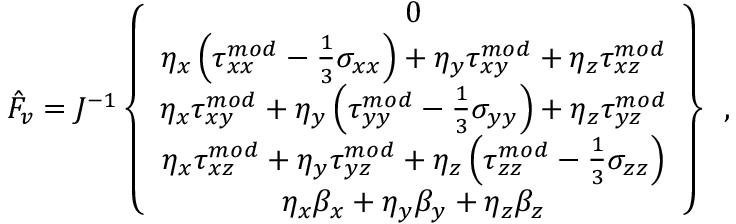
\hat { F } _ { v } = J ^ { - 1 } \left\{ \begin{array} { c } { 0 } \\ { \eta _ { x } \left( { \tau } _ { x x } ^ { m o d } - \frac { 1 } { 3 } \sigma _ { x x } \right) + \eta _ { y } { \tau } _ { x y } ^ { m o d } + \eta _ { z } { \tau } _ { x z } ^ { m o d } } \\ { \eta _ { x } { \tau } _ { x y } ^ { m o d } + \eta _ { y } \left( { \tau } _ { y y } ^ { m o d } - \frac { 1 } { 3 } \sigma _ { y y } \right) + \eta _ { z } { \tau } _ { y z } ^ { m o d } } \\ { \eta _ { x } { \tau } _ { x z } ^ { m o d } + \eta _ { y } { \tau } _ { y z } ^ { m o d } + \eta _ { z } \left( { \tau } _ { z z } ^ { m o d } - \frac { 1 } { 3 } \sigma _ { z z } \right) } \\ { \eta _ { x } { \beta } _ { x } + \eta _ { y } { \beta } _ { y } + \eta _ { z } { \beta } _ { z } } \end{array} \right\} \, \mathrm { ~ , ~ }